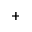
^ { + }